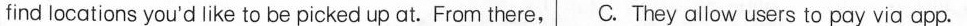
find locations you'd like to be picked up at. From there, C. They allow users to pay via app.